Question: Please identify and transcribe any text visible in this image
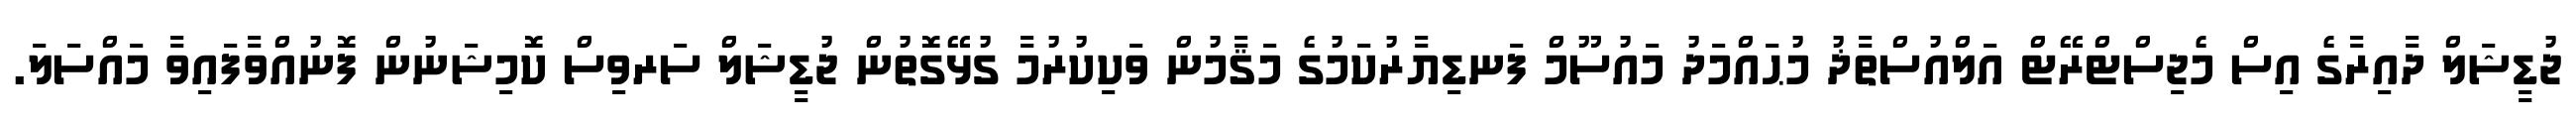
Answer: ޖުޑީޝަލް ދާއިރާގެ އިސް މެޖިސްޓްރޭޓް އަލްއުސްތާޛު މުޙައްމަދު މައުސޫމް ފަނޑިޔާރުކަމުގެ މަޤާމުން ވަކިކުރުމާ ގުޅޭގޮތުން ޖުޑީޝަލް ސަރވިސް ކޮމިޝަނުން ފޮނުއްވާފައިވާ މައްސަލަ.